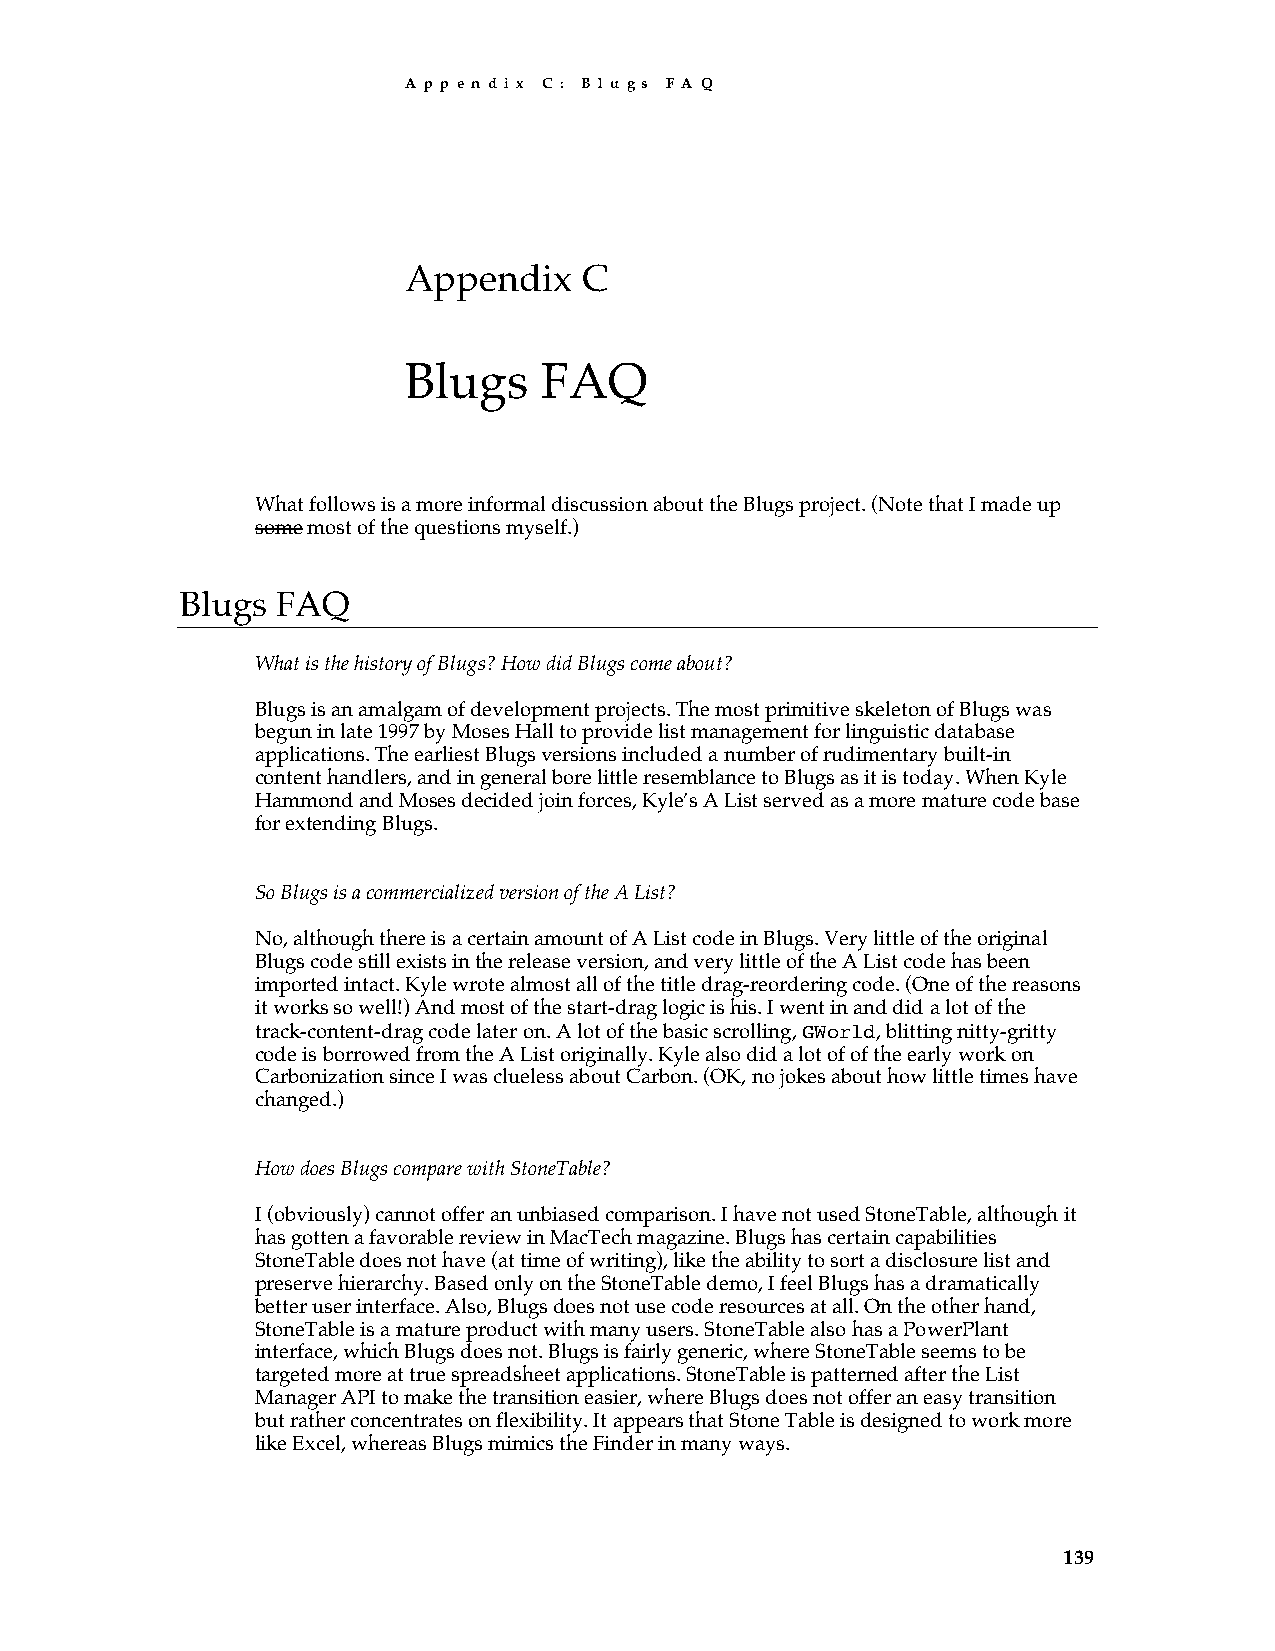
A p p e n d i x C : B l u g s F A Q
 Appendix    C
 Blugs    FAQ
 What follows is a more informal discussion about the Blugs project. (Note that I made up
 some most of the questions myself.)
 Blugs FAQ
 What is the history of Blugs? How did Blugs come about?
 Blugs is an amalgam of development projects. The most primitive skeleton of Blugs was
 begun in late 1997 by Moses Hall to provide list management for linguistic database
 applications. The earliest Blugs versions included a number of rudimentary built-in
 content handlers, and in general bore little resemblance to Blugs as it is today. When Kyle
 Hammond and Moses decided join forces, Kyle’s A List served as a more mature code base
 for extending Blugs.
 So Blugs is a commercialized version of the A List?
 No, although there is a certain amount of A List code in Blugs. Very little of the original
 Blugs code still exists in the release version, and very little of the A List code has been
 imported intact. Kyle wrote almost all of the title drag-reordering code. (One of the reasons
 it works so well!) And most of the start-drag logic is his. I went in and did a lot of the
 track-content-drag code later on. A lot of the basic scrolling, GWorld, blitting nitty-gritty
 code is borrowed from the A List originally. Kyle also did a lot of of the early work on
 Carbonization since I was clueless about Carbon. (OK, no jokes about how little times have
 changed.)
 How does Blugs compare with StoneTable?
 I (obviously) cannot offer an unbiased comparison. I have not used StoneTable, although it
 has gotten a favorable review in MacTech magazine. Blugs has certain capabilities
 StoneTable does not have (at time of writing), like the ability to sort a disclosure list and
 preserve hierarchy. Based only on the StoneTable demo, I feel Blugs has a dramatically
 better user interface. Also, Blugs does not use code resources at all. On the other hand,
 StoneTable is a mature product with many users. StoneTable also has a PowerPlant
 interface, which Blugs does not. Blugs is fairly generic, where StoneTable seems to be
 targeted more at true spreadsheet applications. StoneTable is patterned after the List
 Manager API to make the transition easier, where Blugs does not offer an easy transition
 but rather concentrates on flexibility. It appears that Stone Table is designed to work more
 like Excel, whereas Blugs mimics the Finder in many ways.
 139